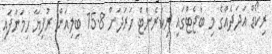
ރިކޯޑް އަދަދެއްގެ މި ބަޖެޓްގައި ރިކަރެންޓް ހަރަދަށް 15.8 ބިލިއަން ރުފިޔާ ހިމަނާފައި